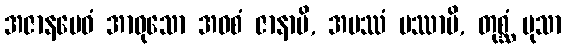
အဇာနမေဝံ အာဝုသော အဝစံ ဇာနာမိ, အပဿံ ပဿာမိ, တုစ္ဆံ မုသာ